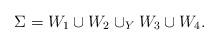
LaTeX: \begin{align*}\Sigma = W_1 \cup W_2 \cup_Y W_3 \cup W_4.\end{align*}